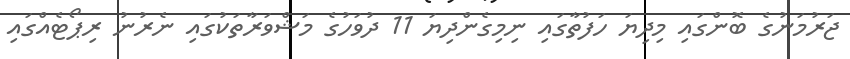
ޖަރުމަނުގެ ބޮންގައި މިދިޔަ ހަފުތާގައި ނިމިގެންދިޔަ 11 ދުވަހުގެ މަޝްވަރާތަކުގައި ނެރުނު ރިޕޯޓެއްގައި